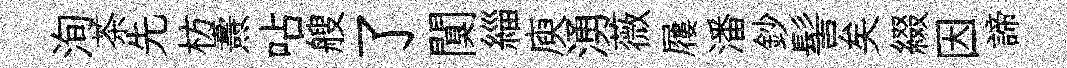
洵茶先枋燾呫艘了闃緇庾湧薇屨潘鈔髻矣綴因諦